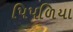
પિપળિયા